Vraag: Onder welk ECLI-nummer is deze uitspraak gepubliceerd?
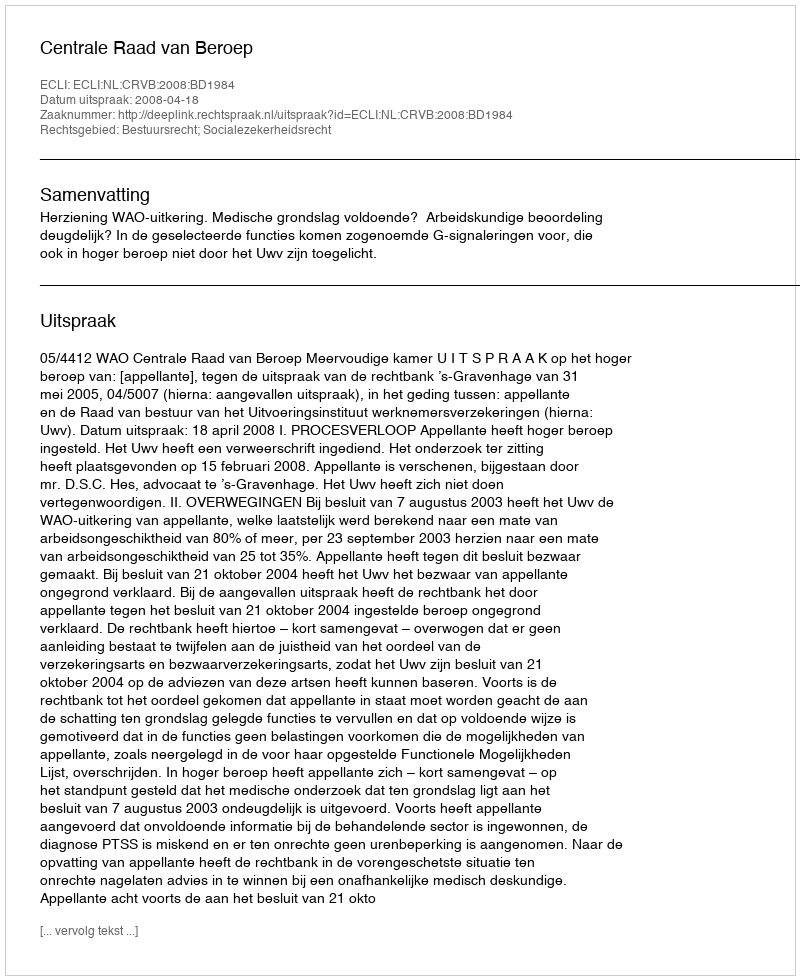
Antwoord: ECLI:NL:CRVB:2008:BD1984